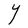
Character: Y